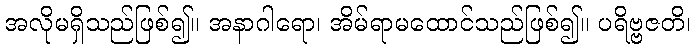
အလိုမရှိသည်ဖြစ်၍။ အနာဂါရော၊ အိမ်ရာမထောင်သည်ဖြစ်၍။ ပရိဗ္ဗဇတိ၊